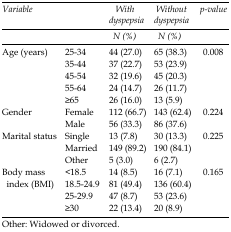
<table><thead><tr><td rowspan="2" colspan="2"><b>Variable</b></td><td><b>With dyspepsia</b></td><td><b>Without dyspepsia</b></td><td><b>p-value</b></td></tr><tr><td><b>N (%)</b></td><td><b>N (%)</b></td></tr></thead><tbody><tr><td rowspan="5">Age (years)</td><td>25-34</td><td>44 (27.0)</td><td>65 (38.3)</td><td rowspan="5">0.008</td></tr><tr><td>35-44</td><td>37 (22.7)</td><td>53 (23.9)</td></tr><tr><td>45-54</td><td>32 (19.6)</td><td>45 (20.3)</td></tr><tr><td>55-64</td><td>24 (14.7)</td><td>26 (11.7)</td></tr><tr><td>≥65</td><td>26 (16.0)</td><td>13 (5.9)</td></tr><tr><td rowspan="2">Gender</td><td>Female</td><td>112 (66.7)</td><td>143 (62.4)</td><td rowspan="2">0.224</td></tr><tr><td>Male</td><td>56 (33.3)</td><td>86 (37.6)</td></tr><tr><td rowspan="3">Marital status</td><td>Single</td><td>13 (7.8)</td><td>30 (13.3)</td><td rowspan="3">0.225</td></tr><tr><td>Married</td><td>149 (89.2)</td><td>190 (84.1)</td></tr><tr><td>Other</td><td>5 (3.0)</td><td>6 (2.7)</td></tr><tr><td rowspan="4">Body mass index (BMI)</td><td>&lt;18.5</td><td>14 (8.5)</td><td>16 (7.1)</td><td rowspan="4">0.165</td></tr><tr><td>18.5-24.9</td><td>81 (49.4)</td><td>136 (60.4)</td></tr><tr><td>25-29.9</td><td>47 (8.7)</td><td>53 (23.6)</td></tr><tr><td>≥30</td><td>22 (13.4)</td><td>20 (8.9)</td></tr></tbody></table>